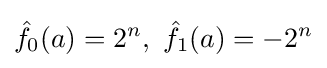
{\hat {f}}_{0}(a)=2^{n},~{\hat {f}}_{1}(a)=-2^{n}